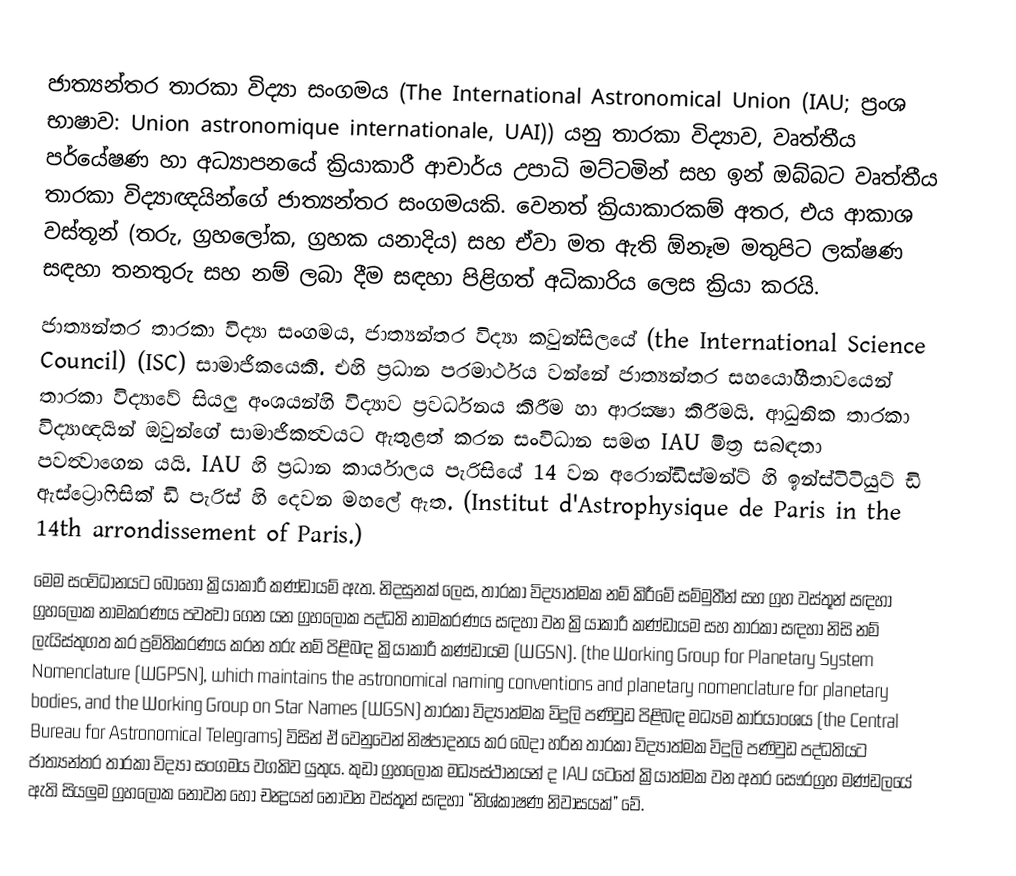
ජාත්‍යන්තර තාරකා විද්‍යා සංගමය (The International Astronomical Union (IAU; ප්‍රංශ භාෂාව: Union astronomique internationale, UAI)) යනු තාරකා විද්‍යාව, වෘත්තීය පර්යේෂණ හා අධ්‍යාපනයේ ක්‍රියාකාරී ආචාර්ය උපාධි මට්ටමින් සහ ඉන් ඔබ්බට වෘත්තීය තාරකා විද්‍යාඥයින්ගේ ජාත්‍යන්තර සංගමයකි.  වෙනත් ක්‍රියාකාරකම් අතර, එය ආකාශ වස්තූන් (තරු, ග්‍රහලෝක, ග්‍රහක යනාදිය) සහ ඒවා මත ඇති ඕනෑම මතුපිට ලක්ෂණ සඳහා තනතුරු සහ නම් ලබා දීම සඳහා පිළිගත් අධිකාරිය ලෙස ක්‍රියා කරයි.
 ජාත්‍යන්තර තාරකා විද්‍යා සංගමය, ජාත්‍යන්තර විද්‍යා කවුන්සිලයේ (the International Science Council) (ISC) සාමාජිකයෙකි. එහි ප්‍රධාන පරමාර්ථය වන්නේ ජාත්‍යන්තර සහයෝගීතාවයෙන් තාරකා විද්‍යාවේ සියලු අංශයන්හි විද්‍යාව ප්‍රවර්ධනය කිරීම හා ආරක්‍ෂා කිරීමයි. ආධුනික තාරකා විද්‍යාඥයින් ඔවුන්ගේ සාමාජිකත්‍වයට ඇතුළත් කරන සංවිධාන සමඟ IAU මිත්‍ර සබඳතා පවත්‍වාගෙන යයි. IAU හි ප්‍රධාන කාර්යාලය පැරිසියේ 14 වන අරොන්ඩිස්මන්ට් හි ඉන්ස්ටිටියුට් ඩි ඇස්ට්‍රොෆිසික් ඩි පැරිස් හි දෙවන මහලේ ඇත. (Institut d'Astrophysique de Paris in the 14th arrondissement of Paris.)
මෙම සංවිධානයට බොහෝ ක්‍රියාකාරී කණ්ඩායම් ඇත. නිදසුනක් ලෙස, තාරකා විද්‍යාත්මක නම් කිරීමේ සම්මුතීන් සහ ග්‍රහ වස්තූන් සඳහා ග්‍රහලෝක නාමකරණය පවත්‍වා ගෙන යන ග්‍රහලෝක පද්ධති නාමකරණය සඳහා වන ක්‍රියාකාරී කණ්ඩායම සහ තාරකා සඳහා නිසි නම් ලැයිස්තුගත කර ප්‍රමිතිකරණය කරන තරු නම් පිළිබඳ ක්‍රියාකාරී කණ්ඩායම (WGSN). (the Working Group for Planetary System Nomenclature (WGPSN), which maintains the astronomical naming conventions and planetary nomenclature for planetary bodies, and the Working Group on Star Names (WGSN) තාරකා විද්‍යාත්මක විදුලි පණිවුඩ පිළිබඳ මධ්‍යම කාර්යාංශය (the Central Bureau for Astronomical Telegrams) විසින් ඒ වෙනුවෙන් නිෂ්පාදනය කර බෙදා හරින තාරකා විද්‍යාත්මක විදුලි පණිවුඩ පද්ධතියට ජාත්‍යන්තර තාරකා විද්‍යා සංගමය වගකිව යුතුය. කුඩා ග්‍රහලෝක මධ්‍යස්ථානයන් ද IAU යටතේ ක්‍රියාත්මක වන අතර සෞරග්‍රහ මණ්ඩලයේ ඇති සියලුම ග්‍රහලෝක නොවන හෝ චන්‍ද්‍රයන් නොවන වස්තූන් සඳහා “නිශ්කාෂණ නිවාසයක්” වේ.